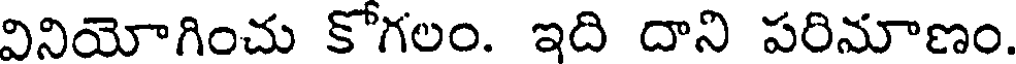
వినియోగించు కోగలం. ఇది దాని పరిమాణం.